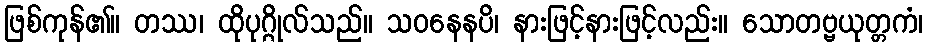
ဖြစ်ကုန်၏။ တဿ၊ ထိုပုဂ္ဂိုလ်သည်။ သဝနေနပိ၊ နားဖြင့်နားဖြင့်လည်း။ သောတဗ္ဗယုတ္တကံ၊